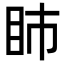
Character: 𥄔